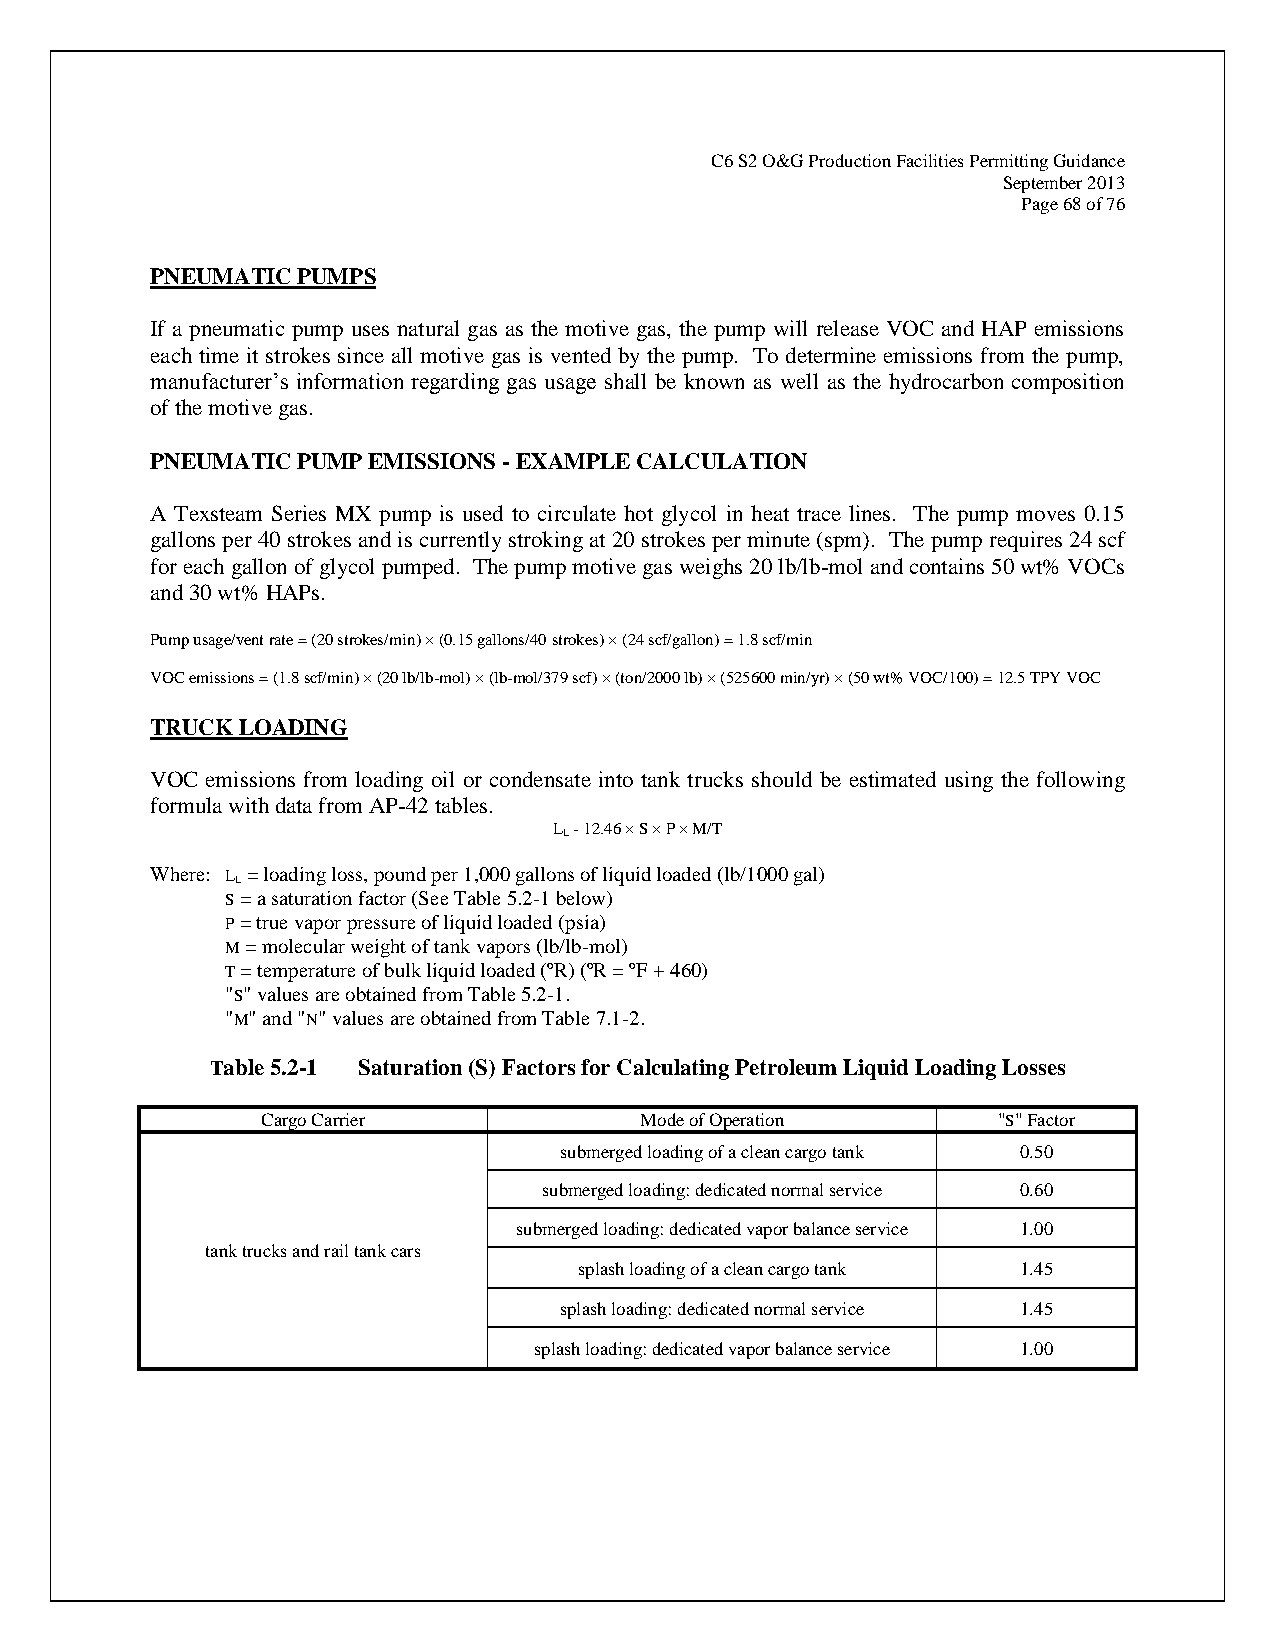
C6 S2 O&G Production Facilities Permitting Guidance
 September 2013
 Page 68 of 76
 PNEUMATIC PUMPS
 If a pneumatic pump uses natural gas as the motive gas, the pump will release VOC and HAP emissions
 each time it strokes since all motive gas is vented by the pump. To determine emissions from the pump,
 manufacturer’s information regarding gas usage shall be known as well as the hydrocarbon composition
 of the motive gas.
 PNEUMATIC PUMP EMISSIONS - EXAMPLE CALCULATION
 A Texsteam Series MX pump is used to circulate hot glycol in heat trace lines. The pump moves 0.15
 gallons per 40 strokes and is currently stroking at 20 strokes per minute (spm). The pump requires 24 scf
 for each gallon of glycol pumped. The pump motive gas weighs 20 lb/lb-mol and contains 50 wt% VOCs
 and 30 wt% HAPs.
 Pump usage/vent rate = (20 strokes/min) × (0.15 gallons/40 strokes) × (24 scf/gallon) = 1.8 scf/min
 VOC emissions = (1.8 scf/min) × (20 lb/lb-mol) × (lb-mol/379 scf) × (ton/2000 lb) × (525600 min/yr) × (50 wt% VOC/100) = 12.5 TPY VOC
 TRUCK LOADING
 VOC emissions from loading oil or condensate into tank trucks should be estimated using the following
 formula with data from AP-42 tables.
 L - 12.46 × S × P × M/T
 L
 Where: L = loading loss, pound per 1,000 gallons of liquid loaded (lb/1000 gal)
 L
 S = a saturation factor (See Table 5.2-1 below)
 P = true vapor pressure of liquid loaded (psia)
 M = molecular weight of tank vapors (lb/lb-mol)
 T = temperature of bulk liquid loaded (ºR) (ºR = ºF + 460)
 "S" values are obtained from Table 5.2-1.
 "M" and "N" values are obtained from Table 7.1-2.
 Table 5.2-1 Saturation (S) Factors for Calculating Petroleum Liquid Loading Losses
 Cargo Carrier            Mode of Operation       "S" Factor
 submerged loading of a clean cargo tank 0.50
 submerged loading: dedicated normal service 0.60
 submerged loading: dedicated vapor balance service 1.00
 tank trucks and rail tank cars
 splash loading of a clean cargo tank 1.45
 splash loading: dedicated normal service 1.45
 splash loading: dedicated vapor balance service 1.00